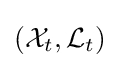
({\mathcal {X}}_{t},{\mathcal {L}}_{t})